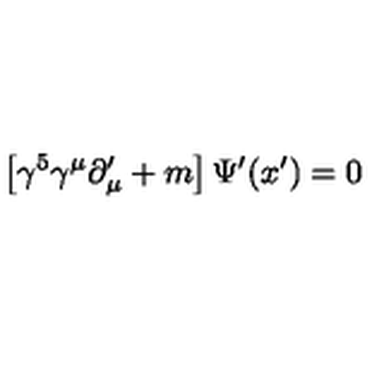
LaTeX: \left[ \gamma ^ { 5 } \gamma ^ { \mu } \partial _ { \mu } ^ { \prime } + m \right] \Psi ^ { \prime } ( x ^ { \prime } ) = 0